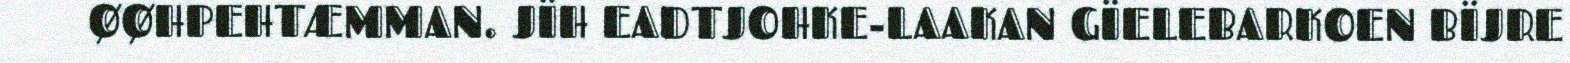
ØØHPEHTÆMMAN. JÏH EADTJOHKE-LAAKAN GÏELEBARKOEN BÏJRE